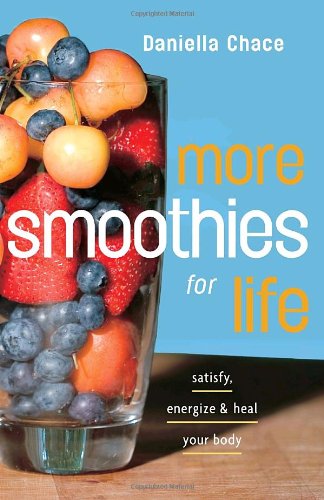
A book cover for More Smoothies for Life: Satisfy, Energize, and Heal Your Body; Daniella Chace; Cookbooks, Food & Wine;